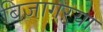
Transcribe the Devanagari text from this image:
बिजागऱ्या